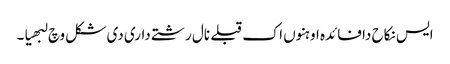
ایس نکاح دا فائدہ اوہنوں اک قبلے نال رشتے داری دی شکل وچ لبھیا۔